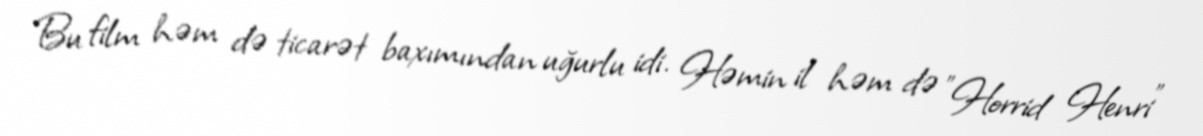
Bu film həm də ticarət baxımından uğurlu idi. Həmin il həm də "Horrid Henri"